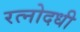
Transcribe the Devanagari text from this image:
रत्नोदधी